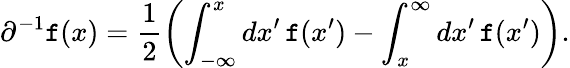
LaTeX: \partial^{-1}\mathtt{f}(x)=\frac{{1}}{{2}}\left(\int_{-\infty}^{x}dx^{\prime}\, \mathtt{f}(x^{\prime})-\int_{x}^{\infty}dx^{\prime}\, \mathtt{f}(x^{\prime})\right).